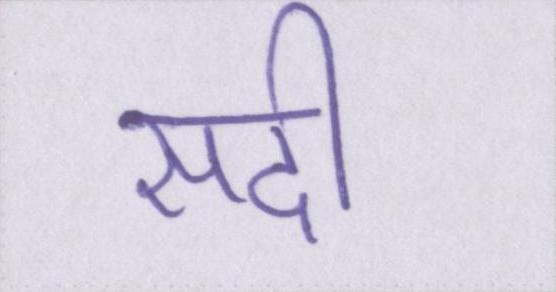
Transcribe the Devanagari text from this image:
सदी